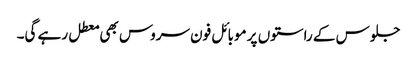
جلوس کے راستوں پر موبائل فون سروس بھی معطل رہے گی۔